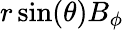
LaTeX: r\sin(\theta)B_{\phi}